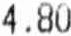
4.80